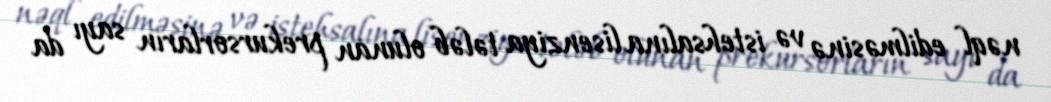
nəql edilməsinə və istehsalına lisenziya tələb olunan prekursorların sayı da